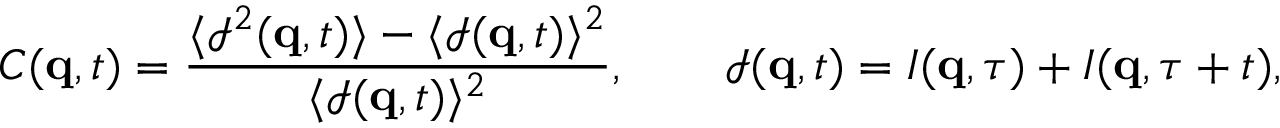
C ( \mathbf { q } , t ) = \frac { \langle \mathcal { I } ^ { 2 } ( \mathbf { q } , t ) \rangle - \langle \mathcal { I } ( \mathbf { q } , t ) \rangle ^ { 2 } } { \langle \mathcal { I } ( \mathbf { q } , t ) \rangle ^ { 2 } } , \qquad \mathcal { I } ( \mathbf { q } , t ) = I ( \mathbf { q } , \tau ) + I ( \mathbf { q } , \tau + t ) ,